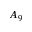
A _ { 9 }